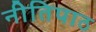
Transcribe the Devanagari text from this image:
नीतिपाठ